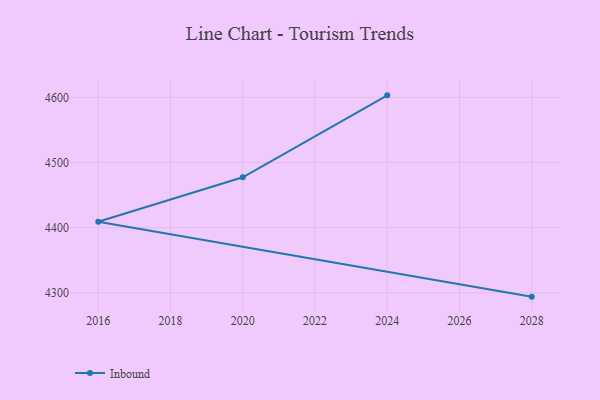
{"axis": {"x": "Year", "y": "Latency (ms)"}, "legend": ["Inbound"], "data": [{"x": "2024", "y": 4603.1, "type": "Inbound"}, {"x": "2020", "y": 4477.3, "type": "Inbound"}, {"x": "2016", "y": 4408.9, "type": "Inbound"}, {"x": "2028", "y": 4294.0, "type": "Inbound"}]}